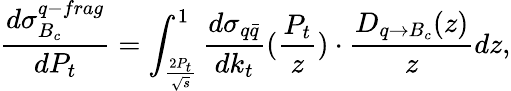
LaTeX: \frac{d\sigma_{B_{c}}^{q-frag}}{dP_{t}}=\int_{\frac{2P_{t}}{\sqrt{s}}}^{1}\frac{d\sigma_{q\bar{q}}}{dk_{t}}(\frac{P_{t}}{z})\cdot\frac{D_{q\rightarrow B_{c}}(z)}{z}dz,